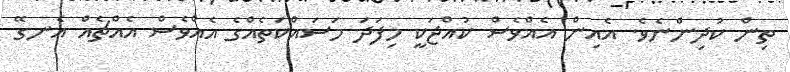
ތިން ކުދިންނެވެ. އެއިން އެއްވެސް ކުއްޖަކީ މިފަދަ މަސައްކަތެއްގެ އެއްވެސް އެއްޗެއް އެނގޭ